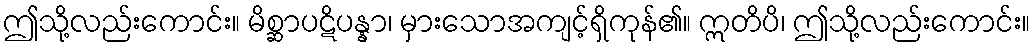
ဤသို့လည်းကောင်း။ မိစ္ဆာပဋိပန္နာ၊ မှားသောအကျင့်ရှိကုန်၏။ ဣတိပိ၊ ဤသို့လည်းကောင်း။